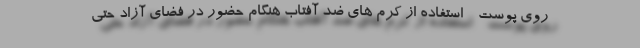
روی پوست - استفاده از کرم های ضد آفتاب هنگام حضور در فضای آزاد حتی